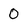
Character: 0